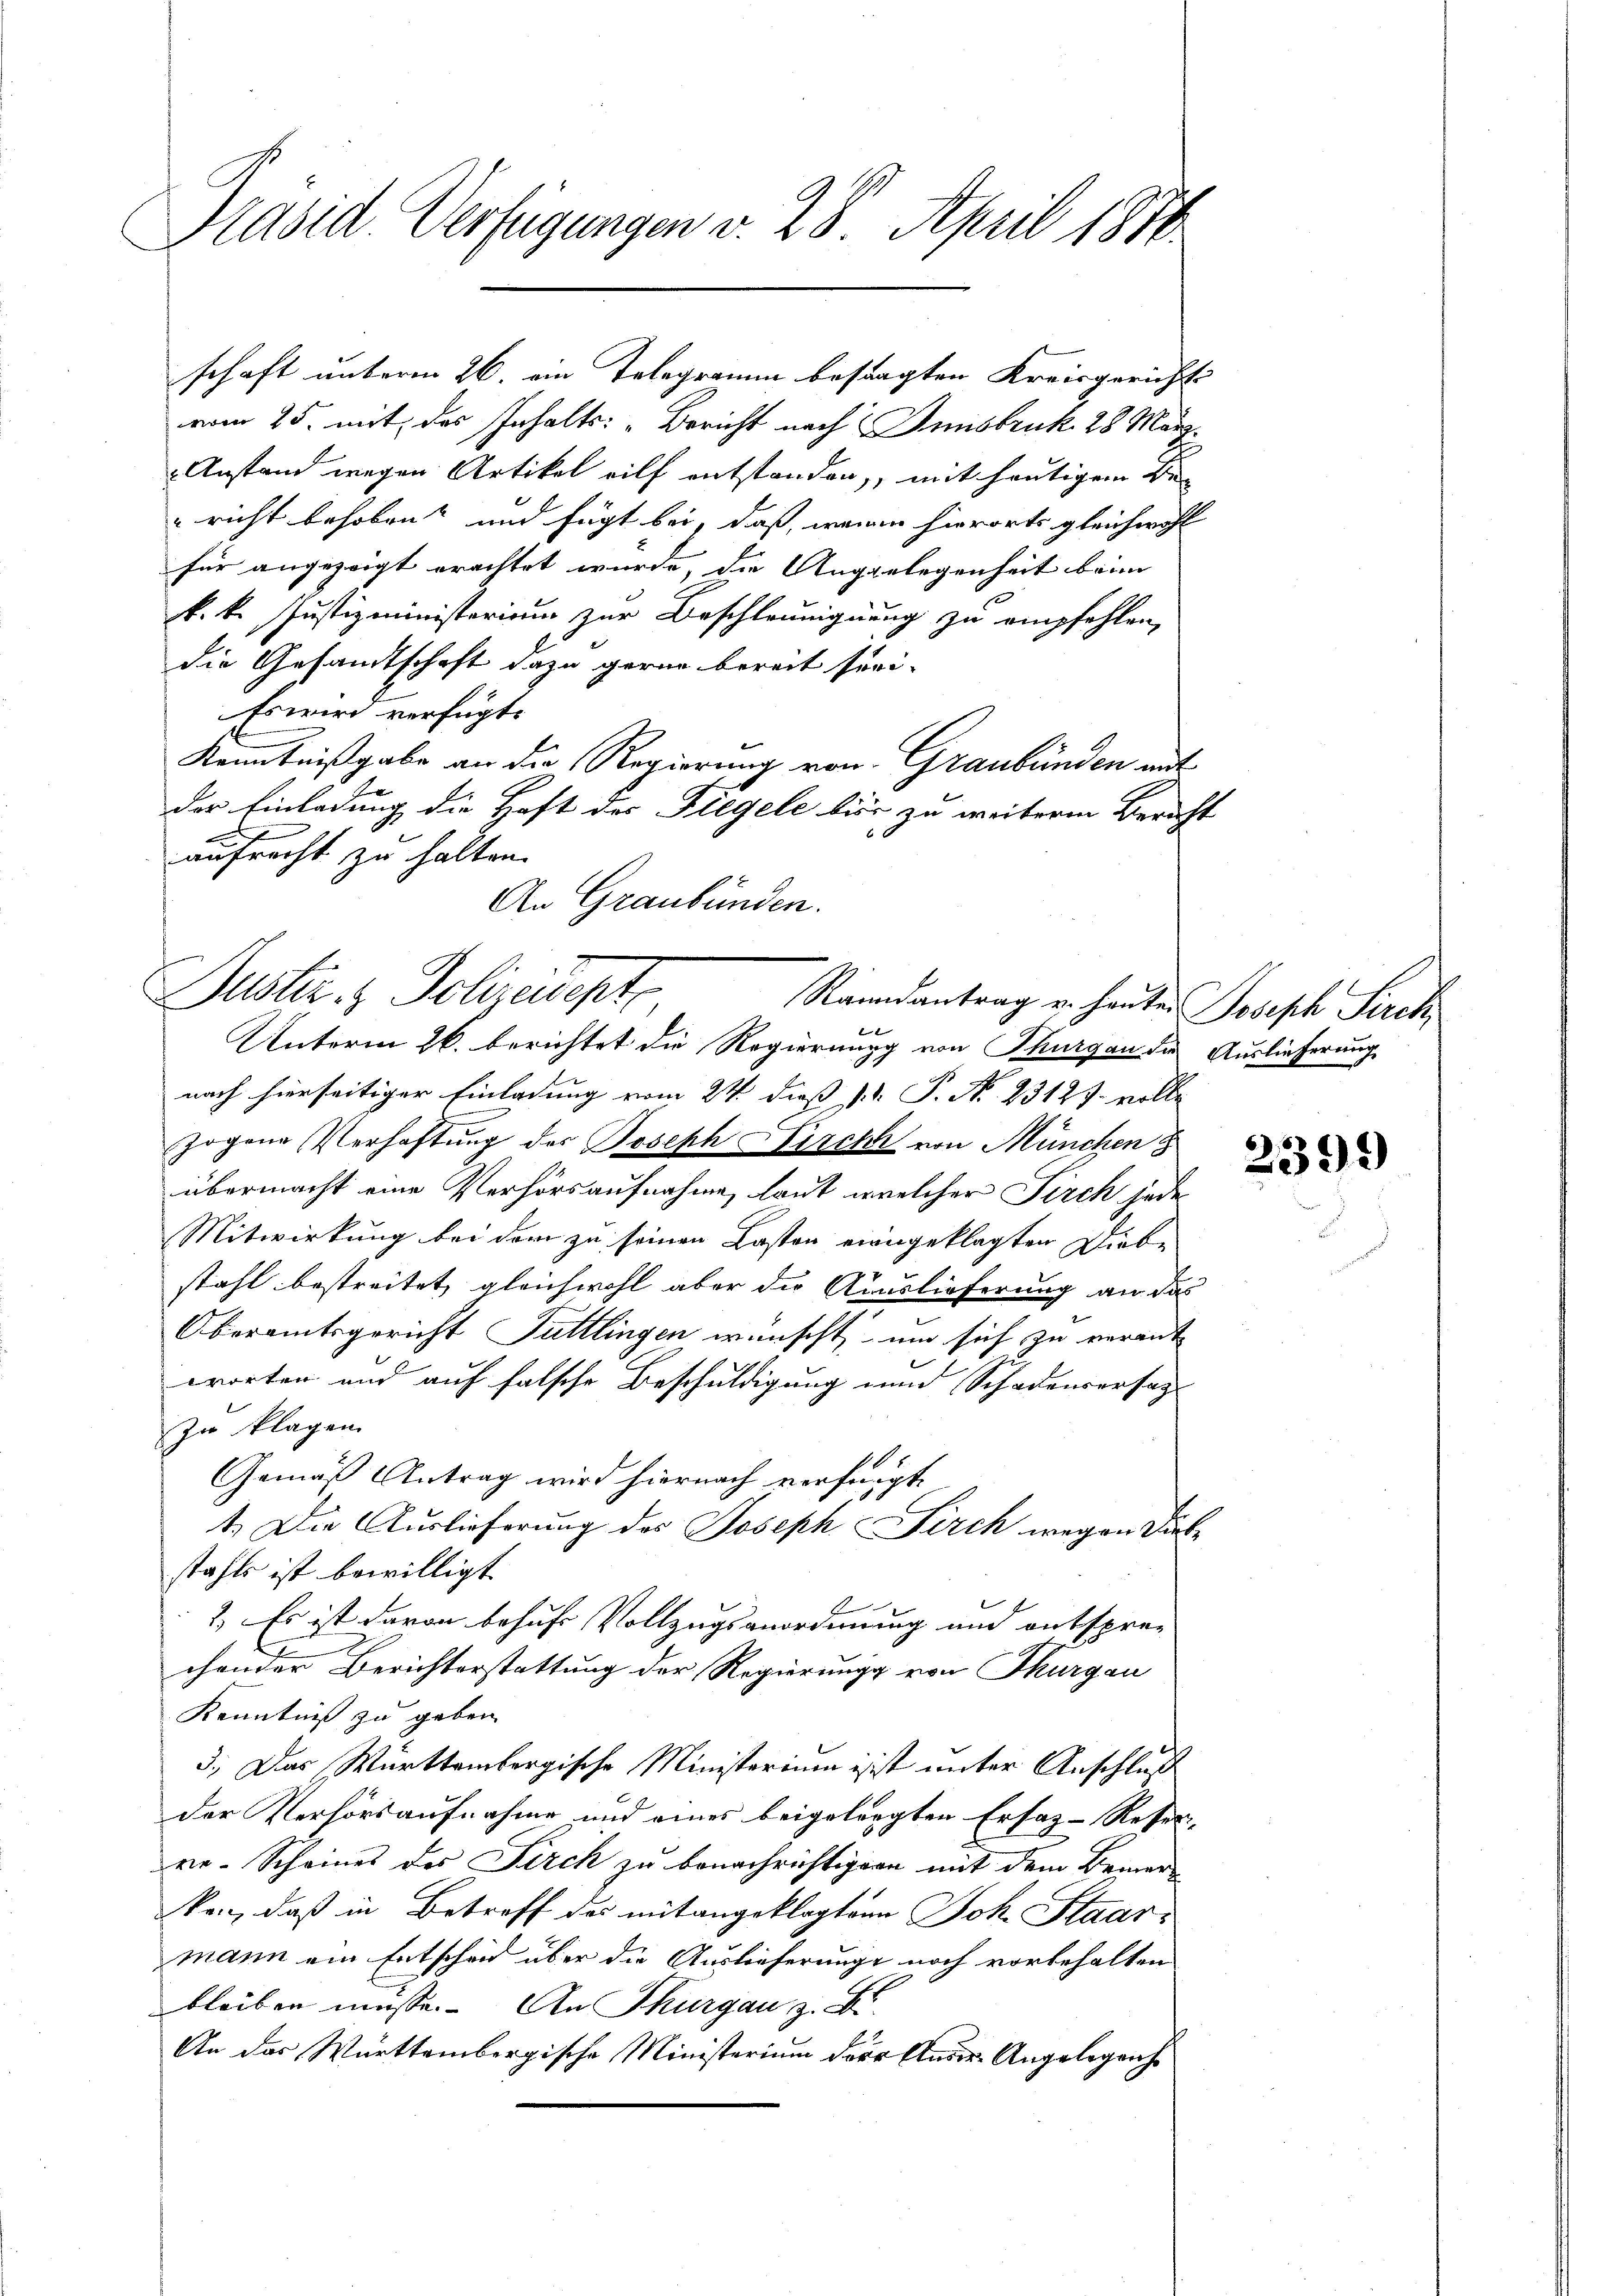
Präsid. Verfügungen d. 28. April 1880

vom 25. mit des Inhalts: „Bericht nach Innsbruk. 28. März.
Anstand wegen Artikel eilf entstanden, mit heutigem Be-
 richt behoben und fügt bei, daß, wenn hierorts gleichwohl
für angezeigt erachtet wurde, die Angelegenheit beim
k. k. Justizministerium zur Beschleunignung zu empfehlen,
die Gesandtschaft dazu gerne bereit sei-
Es wird verfügt:
Kenntnißgabe an die Regierung von Graubünden mit
der Einladung die Haft des Fiegele für zu weiterm Bericht
aufrecht zu halten.
An Graubünden.

schaft unterm 26. ein Telegramm befragten Kreisgerichts

uster & Polizeiepte
Randantrag u. heuten Joseph Sirck
Unterm 26. berichtet die Regierung von Thurgau die Auslieferung

nach hierseitiger Einladung vom 24. dies J. P. Nr. 23123. volle
zogene Verhaftung des Joseph Kirchh von München
übermacht eine Verhörsaufnahme, laut welcher Firch jede
Mitwirkung bei dem zu seinen Lasten eingeklagten Diebe
stahl bestreitet, gleichwohl aber die Auslieferung an das
Oberamtsgericht Tuttlingen wünscht, um sich zu verant
worten und auf falsche Beschuldigung und Schadensersag
zu klagen
Gemäß Antrag wird hiernach verfügt:
1.) Die Auslieferung des Joseph Firch wegen Diebstahls ist bewilligt
2.) Es ist davon besuche Vollzugsanordnung und entspre-
chander Berichterstattung der Regierung von Thurgau
Kenntniß zu geben.
3.) Das Württembergische Ministerium isst unter Anschluß
der Verhörsaufnahme und eines beigelegten Erfaz-Reser-
re-Scheines des Kirch zu benachrichtigern mit dem Bemer
kan, daß in Betreff des mitangeklagten Joh. Staar-
mann ein Entscheid über die Auslieferunge noch vorbehalten
bleiben müsse. An Thurgau z. B.
An das Württembergische Ministerium der Ander Angelegenhe

2399